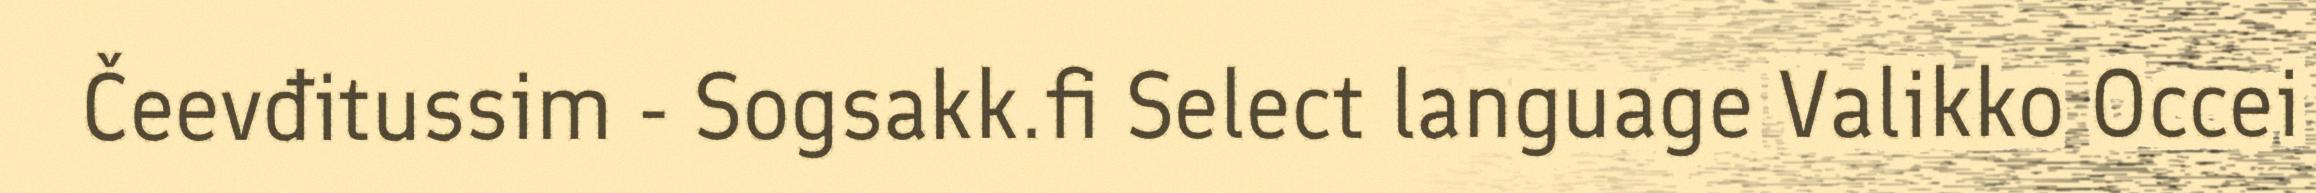
Čeevđitussim - Sogsakk.fi Select language Valikko Occei